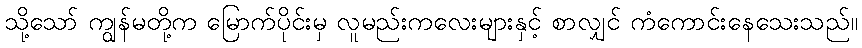
သို့သော် ကျွန်မတို့က မြောက်ပိုင်းမှ လူမည်းကလေးများနှင့် စာလျှင် ကံကောင်းနေသေးသည်။